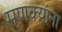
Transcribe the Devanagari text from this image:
मणक्यांना